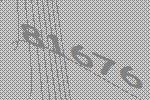
81676